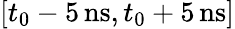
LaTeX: [t_{0}-5\, \mathrm{ns},t_{0}+5\, \mathrm{ns}]